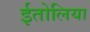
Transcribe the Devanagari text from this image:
ईतोलिया